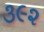
૩૯૨